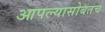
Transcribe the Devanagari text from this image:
आपल्यासोबतच